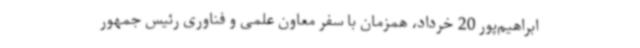
ابراهیم‌پور 20 خرداد، همزمان با سفر معاون علمی و فناوری رئیس جمهور